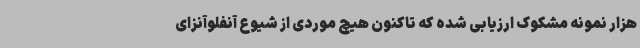
هزار نمونه مشکوک ارزیابی شده که تاکنون هیچ موردی از شیوع آنفلوآنزای